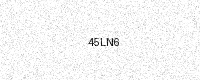
Text: 45LN6